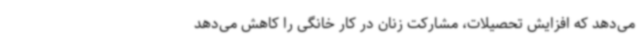
می‌دهد که افزایش تحصیلات، مشارکت زنان در کار خانگی را کاهش می‌دهد